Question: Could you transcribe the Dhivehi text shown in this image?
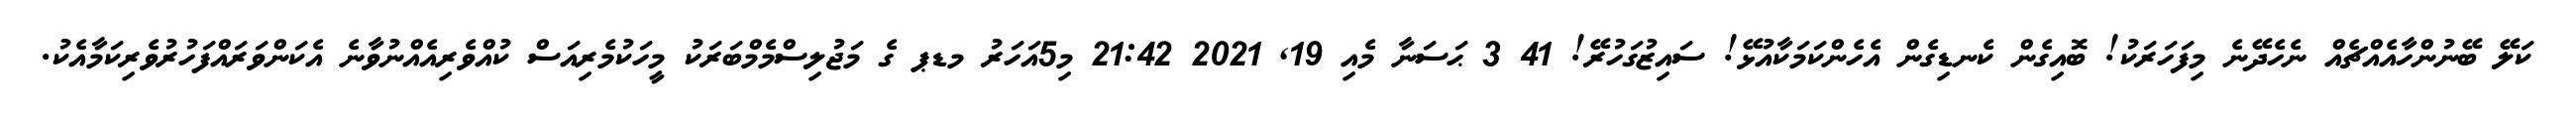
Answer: ކަލޭ ބޭނުންހާއެއްޗެއް ނެހެދޭނެ މިފަހަރަކު! ބޮއިގެން ކެނޑިގެން އެހެންކަމަކާއުޅޭ! ސައިޒުގަހުރޭ! 41 3 ޙަސަނާ މެއި 19, 2021 21:42 މި5އަހަރު މޑޕ ގެ މަޖުލިސްމެމްބަރަކު މީހަކުމެރިއަސް ކުއްވެރިއެއްނުވާނެ އެކަންވަރައްފަހުރުވެރިކަމާއެކު.